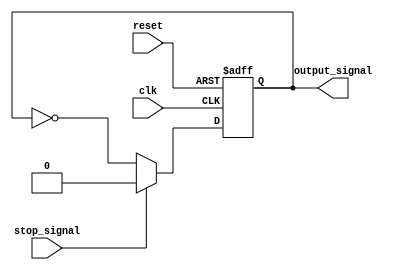
module repeat_loop_example (
    input wire clk,         // Clock signal
    input wire reset,       // Reset signal
    input wire stop_signal, // External signal to stop the loop
    output reg output_signal // Continuous output signal
);

    initial begin
        output_signal = 1'b0; // Initialize output signal to 0
    end

    // Continuous execution block using repeat
    always @(posedge clk or posedge reset) begin
        if (reset) begin
            output_signal <= 1'b0; // Reset the output signal
        end else begin
            // Using a repeat loop that runs indefinitely
            repeat (1) begin
                output_signal <= ~output_signal; // Toggle output signal
                // Check for stop condition
                if (stop_signal) begin
                    output_signal <= 1'b0; // Set output signal to 0 if stopped
                    // Here you might introduce a break mechanism or logic as needed
                    // In synthesis tools, this won't create a break; it's illustrative.
                end
                // Add a delay or wait condition if necessary
                #10; // Delay to simulate time for state change
            end
        end
    end

endmodule